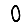
Digit: 0